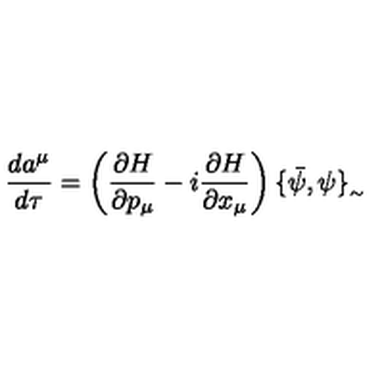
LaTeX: \frac { d a ^ { \mu } } { d \tau } = \left( \frac { \partial H } { \partial p _ { \mu } } - i \frac { \partial H } { \partial x _ { \mu } } \right) \{ \bar { \psi } , \psi \} _ { _ { \sim } }